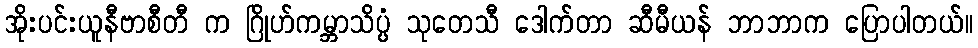
အိုးပင်းယူနီဗာစီတီ က ဂြိုဟ်ကမ္ဘာသိပ္ပံ သုတေသီ ဒေါက်တာ ဆီမီယန် ဘာဘာက ပြောပါတယ်။